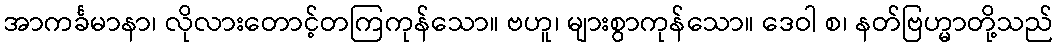
အာကင်္ခမာနာ၊ လိုလားတောင့်တကြကုန်သော။ ဗဟူ၊ များစွာကုန်သော။ ဒေဝါ စ၊ နတ်ဗြဟ္မာတို့သည်